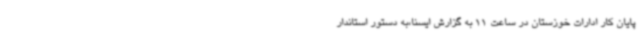
پایان کار ادارات خوزستان در ساعت 11 به گزارش ایسنا،به دستور استاندار